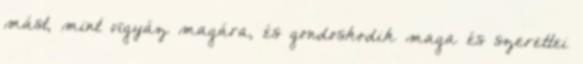
mást, mint vigyáz magára, és gondoskodik maga és szerettei